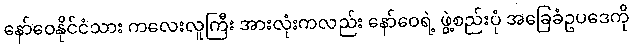
နော်ဝေနိုင်ငံသား ကလေးလူကြီး အားလုံးကလည်း နော်ဝေရဲ့ ဖွဲ့စည်းပုံ အခြေခံဥပဒေကို